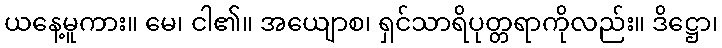
ယနေ့မူကား။ မေ၊ ငါ၏။ အယျောစ၊ ရှင်သာရိပုတ္တရာကိုလည်း။ ဒိဋ္ဌော၊